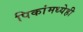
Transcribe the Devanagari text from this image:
पिकांमध्येही